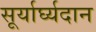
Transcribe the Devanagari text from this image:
सूर्यार्घ्यदान